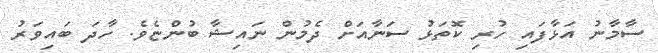
ސާމާނު އަޅާފައި ހުރި ކޮތަޅު ސަނާއަށް ދެމުން ނައިޝާ ބުންޏެވެ. ހާދަ ބައިވަރު